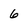
Character: 6